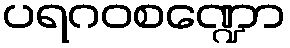
ပရဂဝစဏ္ဍော